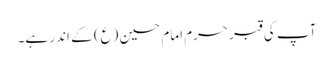
آپ کی قبر حرم امام حسین (ع) کے اندر ہے۔